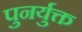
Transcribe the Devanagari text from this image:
पुनर्युक्त